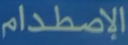
الإضطدام